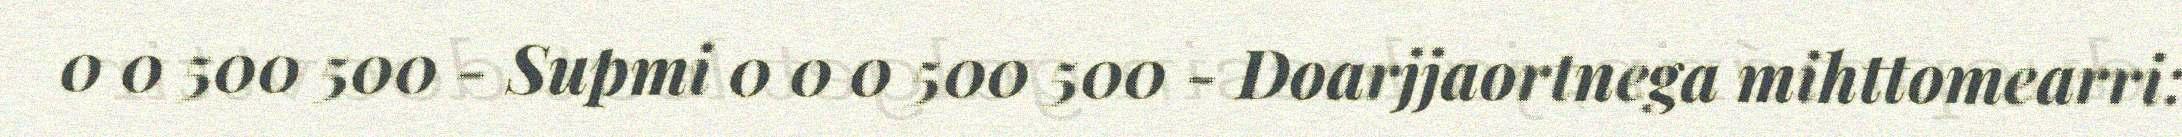
0 0 500 500 - Supmi 0 0 0 500 500 - Doarjjaortnega mihttomearri: